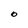
Character: O